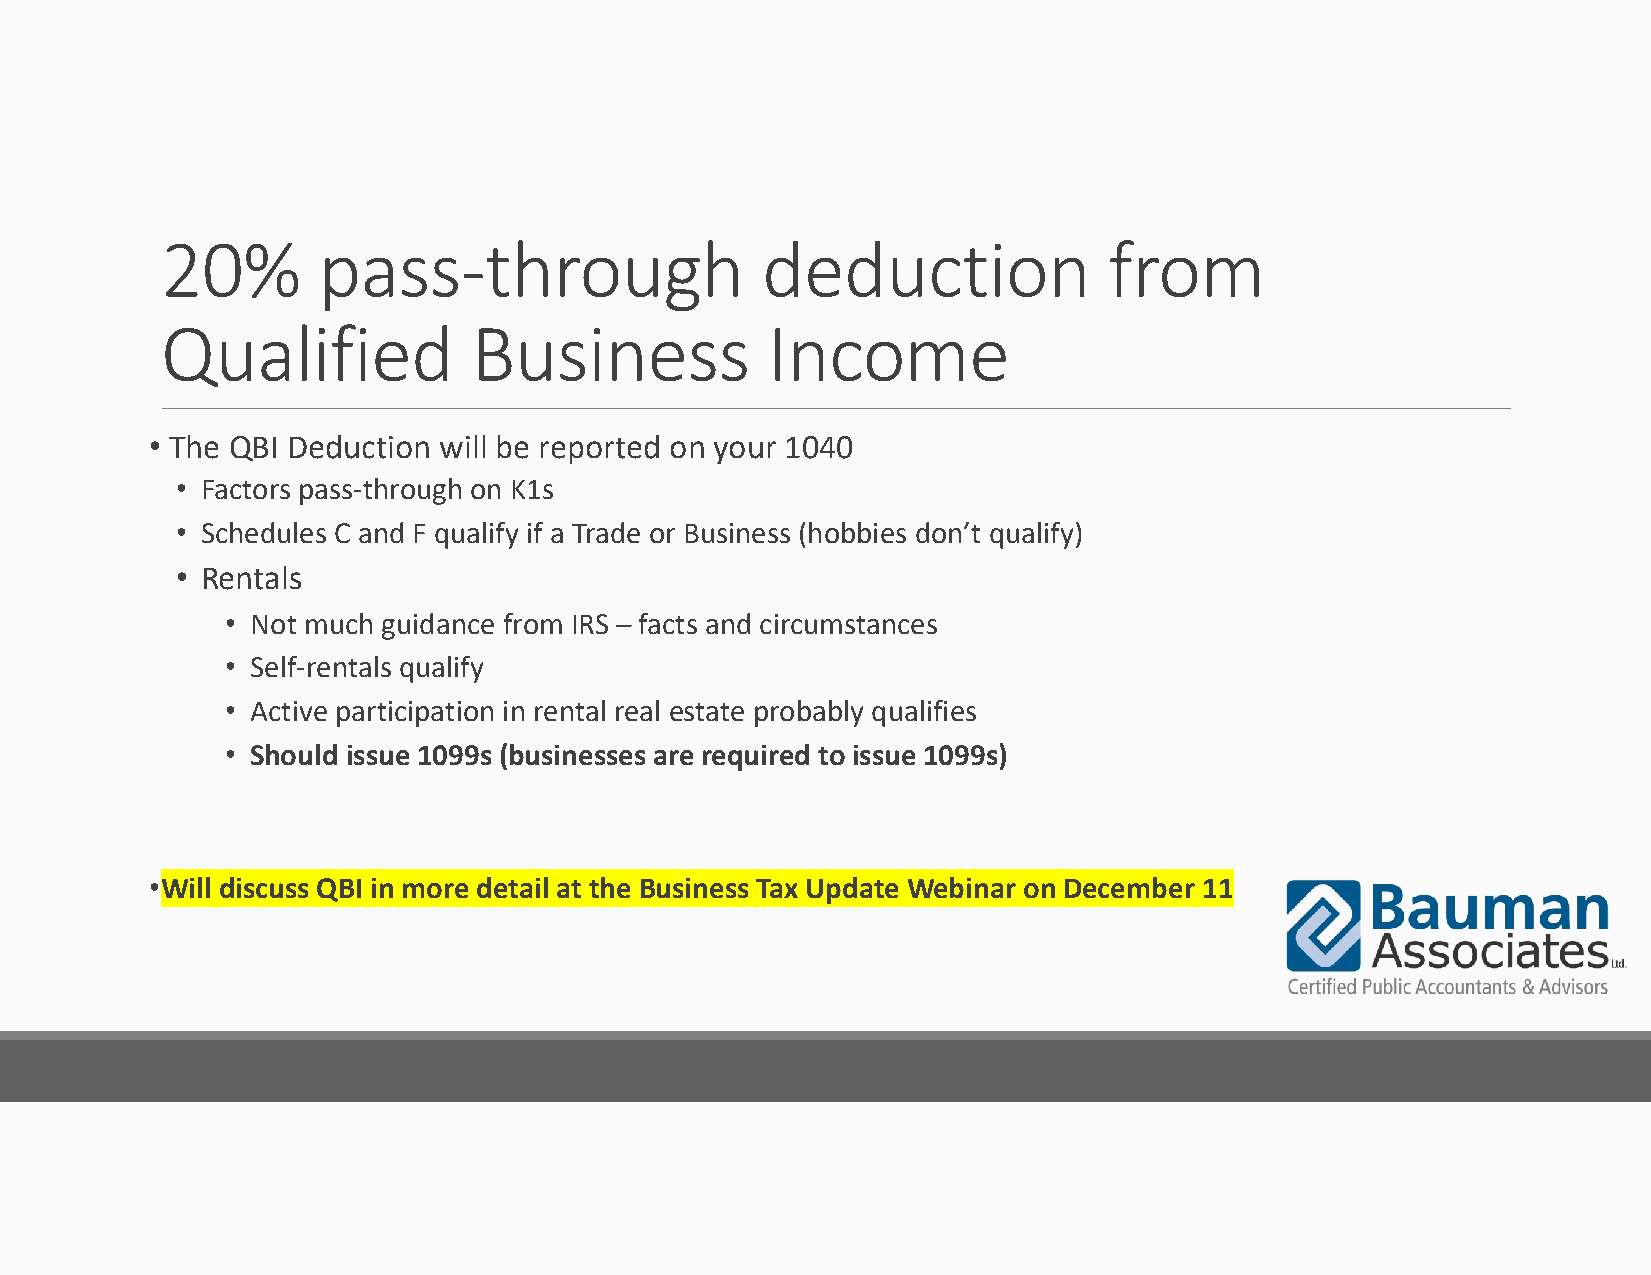
20%       pass‐through                 deduction              from
 Qualified           Business            Income
 • The QBI Deduction will be reported on your 1040
 • Factors pass‐through on K1s
 • Schedules C and F qualify if a Trade or Business (hobbies don’t qualify)
 • Rentals
 • Not much guidance from IRS – facts and circumstances
 • Self‐rentals qualify
 • Active participation in rental real estate probably qualifies
 • Should issue 1099s (businesses are required to issue 1099s)
 •Will discuss QBI in more detail at the Business Tax Update Webinar on December 11